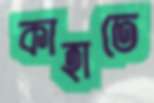
কাহাতে